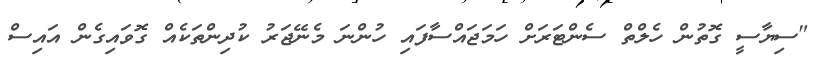
"ސިޔާސީ ގޮތުން ހެލްތް ސެންޓަރަށް ހަމަޖައްސާފައި ހުންނަ މެނޭޖަރު ކުދިންތަކެއް ގޮވައިގެން އައިސް